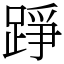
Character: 踭